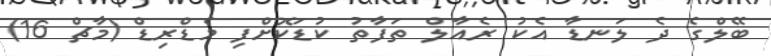
ބޭލްގެ ދެ ލަނޑާ އެކު ރެއާލް ތަފާތު ކުޑަކޮށްފި މެޑްރިޑް (މާޗް 16)